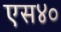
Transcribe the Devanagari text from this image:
एस४०